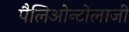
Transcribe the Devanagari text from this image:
पैलिओन्टोलाजी